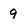
Character: 9